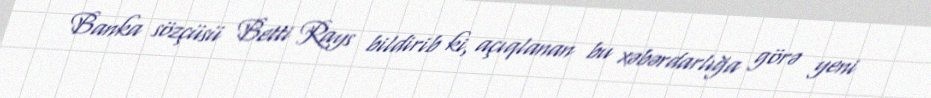
Banka sözçüsü Betti Rays bildirib ki, açıqlanan bu xəbərdarlığa görə yeni